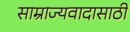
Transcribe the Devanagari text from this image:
साम्राज्यवादासाठी